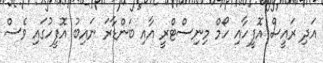
އަދި ރައީސް އޮފީހާއި ހޯމް މިނިސްޓްރީ އާއި ބަންޑާރަ ނައިބު އޮފީހުގައި ވެސް